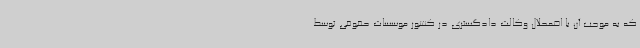
که به موجب آن با اضمحلال وکالت دادگستری در کشور موسسات حقوقی توسط